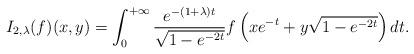
LaTeX: \begin{align*}I_{2, \lambda}(f)(x,y) = \int_{0}^{+\infty} \dfrac{e^{-(1+ \lambda)t}}{ \sqrt{1 - e^{-2t}}} f\left(xe^{-t} + y \sqrt{1 - e^{-2t}}\right)dt . \end{align*}